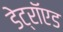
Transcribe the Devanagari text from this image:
डेट्रॉएड